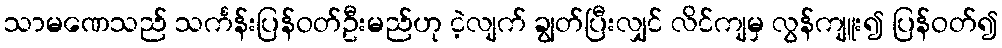
သာမဏေသည် သင်္ကန်းပြန်ဝတ်ဦးမည်ဟု ငဲ့လျက် ချွတ်ပြီးလျှင် လိင်ကျမှ လွန်ကျူး၍ ပြန်ဝတ်၍